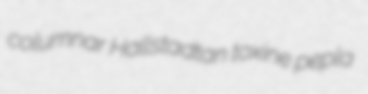
columnar Hallstadtan toxine pepla